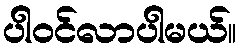
ပါဝင်လာပါမယ်။